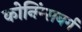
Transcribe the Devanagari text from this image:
कोनिंग्सबर्ग